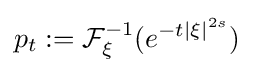
p_{t}:={\mathcal {F}}_{\xi }^{-1}(e^{-t|\xi |^{2s}})